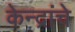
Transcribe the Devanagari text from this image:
केन्द्रांचे